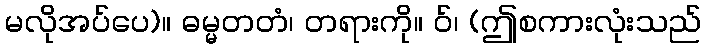
မလိုအပ်ပေ)။ ဓမ္မတတံ၊ တရားကို။ ဝ်၊ (ဤစကားလုံးသည်